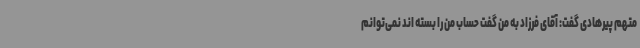
متهم پیرهادی گفت: آقای فرزاد به من گفت حساب من را بسته اند نمی‌توانم